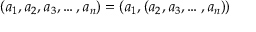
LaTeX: ( a _ { 1 } , a _ { 2 } , a _ { 3 } , \ldots , a _ { n } ) = ( a _ { 1 } , ( a _ { 2 } , a _ { 3 } , \ldots , a _ { n } ) )